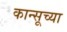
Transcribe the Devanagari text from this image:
कान्सूच्या